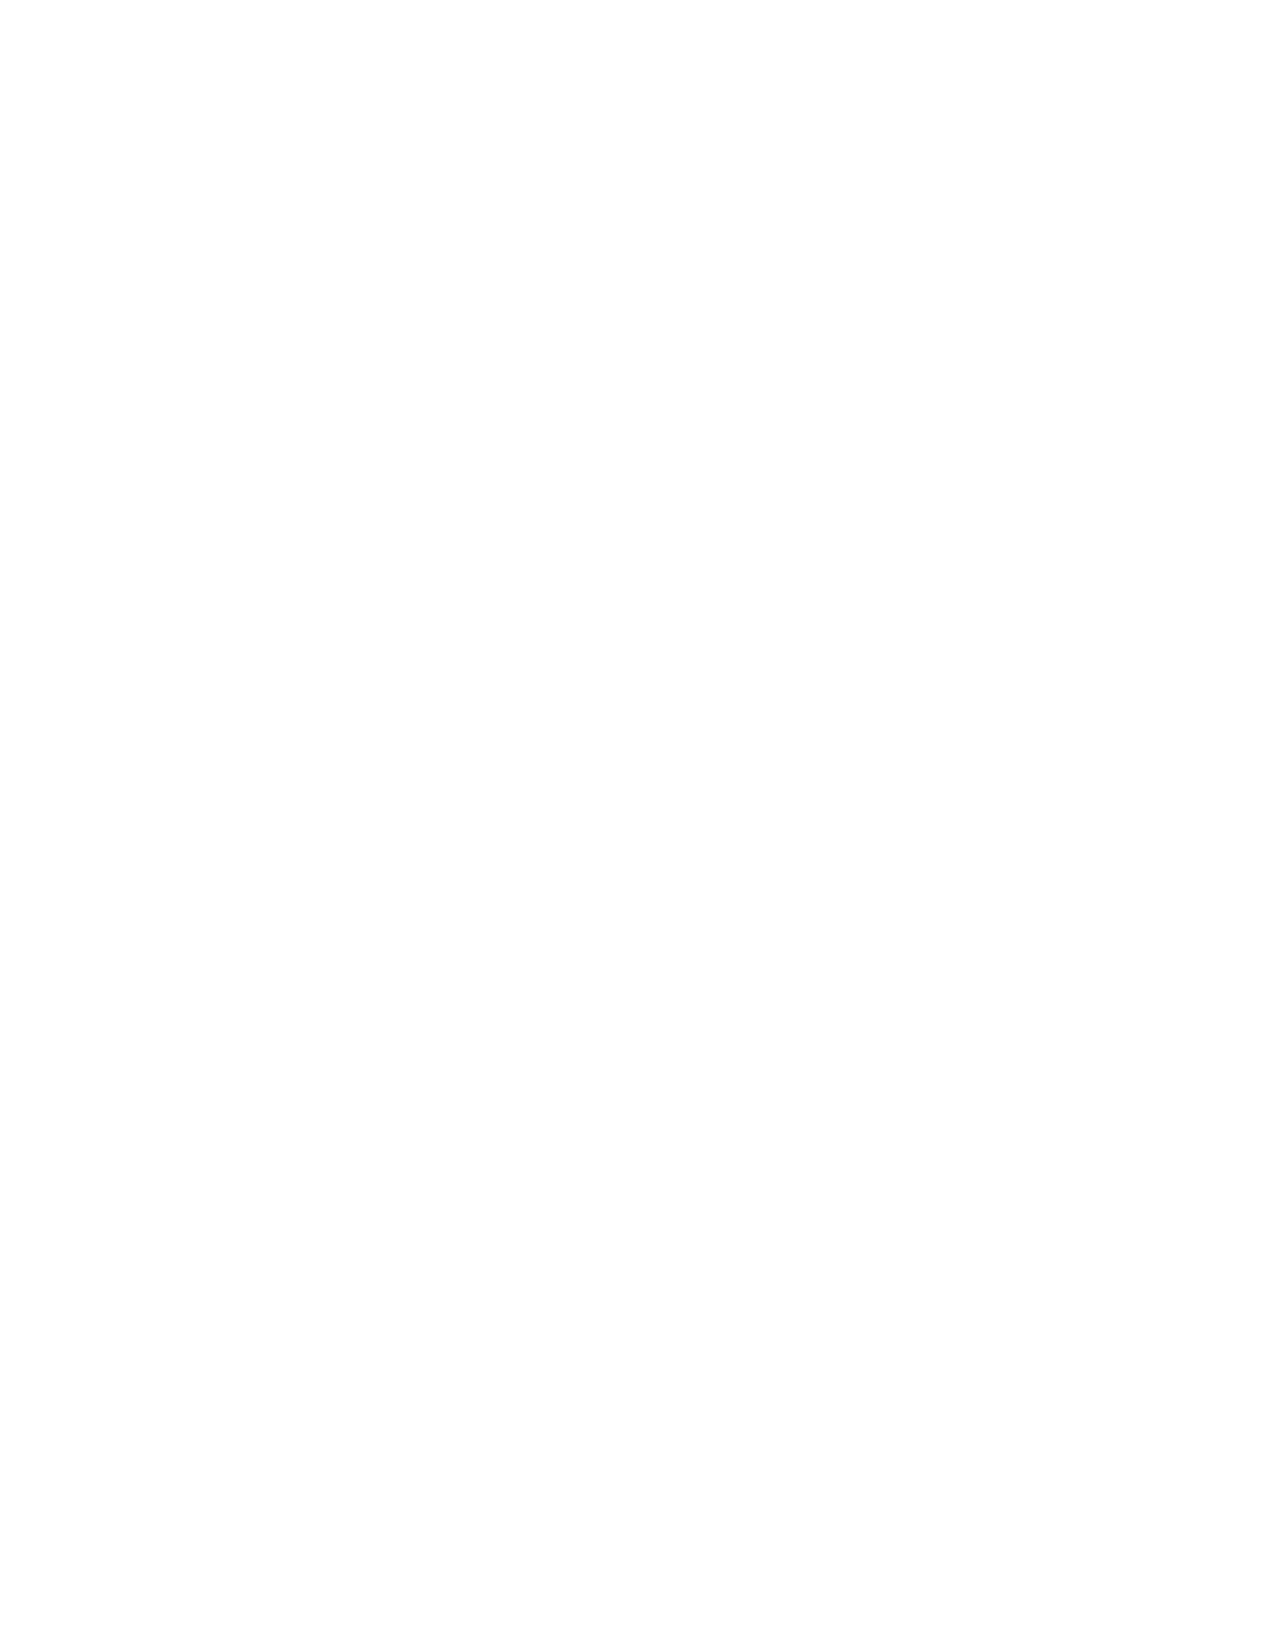
Shining a Light on Next-Gen PM Practices, page 7
 E. Overcome Management  Complexity
 Fact: Complexity has increased in projects and programs. The factors include contracts involving multi-
 ple organizations, and multiple decision makers within project performing organizations. Another driver
 is decreased PM authority, in many organizations—in some cases as a result of prior failures by other
 project managers. Of course, we all face increased regulatory requirements and enterprise bureaucracy.
 The consequence: even weaker project performance, in the face of increasing management complexity.
 Tools exist to detect and manage this complexity. One example is the IPMA-USA Management Com-
 plexity Tool, part of the qualification process for their project’s complexity for advanced PM Certifica-
 tion candidates (eg.: Senior Project Manager). IPMA-USA’s IPMA certifications require a project of
 sufficient complexity for the level of certification the applicant seeks. You can see and use this Com-
 plexity Tool at ipma-usa.org/certification/what-certification-level/evaluating-management-complexity.
 This management complexity evaluation tool
 was developed for IPMA-USA by William
 Duncan, who, as many know, was the primary
 author of the original 1996 PMBOK Guide.
 ®
 The tool has a handful of Complexity catego-
 ries, each having a few factors that you score
 on a four-point scale. The categories are:
 A. Governance complexity
 B. Stakeholder relationship complexity
 C. Resource complexity
 D. Project definition complexity
 E. Project delivery complexity
 There is a separate version of the Management Complexity Evaluation Tool for programs. These tools
 have additional uses, in addition their primary use: Smart Sponsors and Managers use them to reduce
 management complexity, thus reducing risk, time and cost:
 • Higher Management Complexity requires increased competency in PPMs (primary use);
 • Savvy Managers, PMOs, and PPMs also use it to manage the Complexity Factors as risks;
 • Map each initiative’s Management Complexity to a qualified project or program manager—who has
 earned advanced certifications, such as those from IPMA-USA, or other IPMA member associations.
 This management complexity tool is just one alternative; but it is a smart one. Too few organizations
 evaluate management complexity—especially early in the project; but, with this freely available tool,
 now yours can do so. Of course, even fewer organizations understand the need to match a project’s
 management complexity to PM talent, or to advanced certifications. It is no wonder that projects of in-
 creasing complexity too-often fail to meet expectations—and now you have smarter alternatives!
 © 2015, Stacy Goff; presented at the 9th Annual UTD PM Symposium, University of Texas at Dallas, 2015